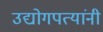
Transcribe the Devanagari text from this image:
उद्योगपत्यांनी